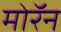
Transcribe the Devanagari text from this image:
मोरॅन